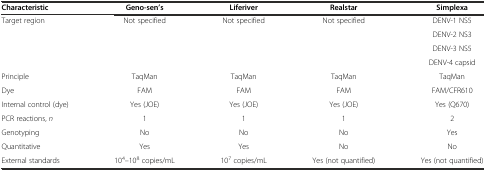
<table><thead><tr><td><b>Characteristic</b></td><td><b>Geno-sen’s</b></td><td><b>Liferiver</b></td><td><b>Realstar</b></td><td><b>Simplexa</b></td></tr></thead><tbody><tr><td rowspan="4">Target region</td><td rowspan="4">Not specified</td><td rowspan="4">Not specified</td><td rowspan="4">Not specified</td><td>DENV-1 NS5</td></tr><tr><td>DENV-2 NS3</td></tr><tr><td>DENV-3 NS5</td></tr><tr><td>DENV-4 capsid</td></tr><tr><td>Principle</td><td>TaqMan</td><td>TaqMan</td><td>TaqMan</td><td>TaqMan</td></tr><tr><td>Dye</td><td>FAM</td><td>FAM</td><td>FAM</td><td>FAM/CFR610</td></tr><tr><td>Internal control (dye)</td><td>Yes (JOE)</td><td>Yes (JOE)</td><td>Yes (JOE)</td><td>Yes (Q670)</td></tr><tr><td>PCR reactions, <i>n</i></td><td>1</td><td>1</td><td>1</td><td>2</td></tr><tr><td>Genotyping</td><td>No</td><td>No</td><td>No</td><td>Yes</td></tr><tr><td>Quantitative</td><td>Yes</td><td>Yes</td><td>No</td><td>No</td></tr><tr><td>External standards</td><td>10<sup>4</sup>–10<sup>8</sup> copies/mL</td><td>10<sup>7</sup> copies/mL</td><td>Yes (not quantified)</td><td>Yes (not quantified)</td></tr></tbody></table>